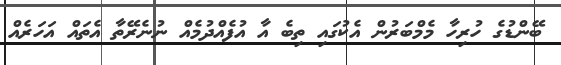
ބޭންޑުގެ ހުރިހާ މެމްބަރުން އެކުގައި ތިބެ އާ އުފެއްދުމެއް ނުނެރޭތާ އެތައް އަހަރެއް